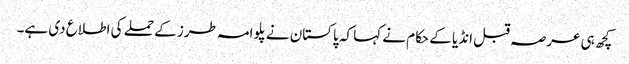
کچھ ہی عرصہ قبل انڈیا کے حکام نے کہا کہ پاکستان نے پلوامہ طرز کے حملے کی اطلاع دی ہے۔